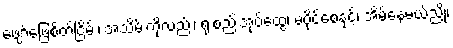
ဖျော်ဖြေစိတ်ငြိမ်း၊ အသိမ်းကိုလည်း၊ ရုံးစည်းအုပ်ထွေ၊ မပိုင်စေနှင့်၊ အိမ်နေမယ်ညို၊